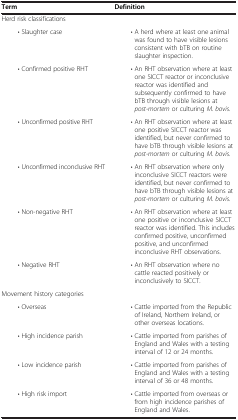
| Term | Definition |
 | --- | --- |
 | Herd risk classifications |  |
 | • Slaughter case | • A herd where at least one animal was found to have visible lesions consistent with bTB on routine slaughter inspection. |
 | • Confirmed positive RHT | • An RHT observation where at least one SICCT reactor or inconclusive reactor was identified and subsequently confirmed to have bTB through visible lesions at post-mortem or culturing M. bovis. |
 | • Unconfirmed positive RHT | • An RHT observation where at least one positive SICCT reactor was identified, but never confirmed to have bTB through visible lesions at post-mortem or culturing M. bovis. |
 | • Unconfirmed inconclusive RHT | • An RHT observation where only inconclusive SICCT reactors were identified, but never confirmed to have bTB through visible lesions at post-mortem or culturing M. bovis. |
 | • Non-negative RHT | • An RHT observation where at least one positive or inconclusive SICCT reactor was identified. This includes confirmed positive, unconfirmed positive, and unconfirmed inconclusive RHT observations. |
 | • Negative RHT | • An RHT observation where no cattle reacted positively or inconclusively to SICCT. |
 | Movement history categories |  |
 | • Overseas | • Cattle imported from the Republic of Ireland, Northern Ireland, or other overseas locations. |
 | • High incidence parish | • Cattle imported from parishes of England and Wales with a testing interval of 12 or 24 months. |
 | • Low incidence parish | • Cattle imported from parishes of England and Wales with a testing interval of 36 or 48 months. |
 | • High risk import | • Cattle imported from overseas or from high incidence parishes of England and Wales. |